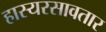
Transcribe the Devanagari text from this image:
हास्यरसावतार